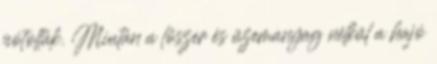
pótolták. Miután a lőszer és üzemanyag nélkül a hajó